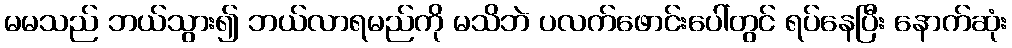
မမသည် ဘယ်သွား၍ ဘယ်လာရမည်ကို မသိဘဲ ပလက်ဖောင်းပေါ်တွင် ရပ်နေပြီး နောက်ဆုံး